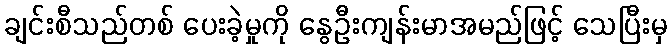
ချင်းစီသည်တစ် ပေးခဲ့မှုကို နွေဦးကျန်းမာအမည်ဖြင့် သေပြီးမှ